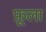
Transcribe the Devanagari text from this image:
फ़ूला